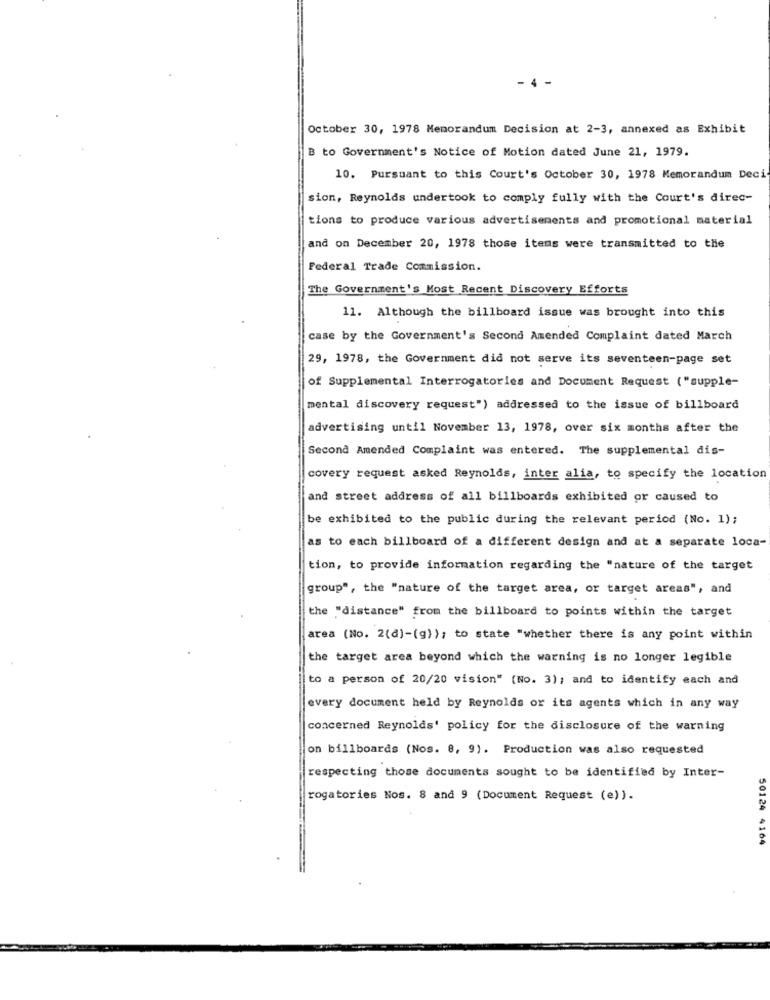
October 30, 1978 Memorandum Decision at 2-3, annexed as Exhibit
B to Government's Notice of Motion dated June 21, 1979.
10. Pursuant to this Court's October 30, 1978 Memorandum Deci
sion, Reynolds undertook to comply fully with the Court's direc-
tions to produce various advertisements and promotional material
and on December 20, 1978 those items were transmitted to the
Federal Trade Commission.
The Government's Most Recent Discovery Efforts
11. Although the billboard issue was brought into this
case by the Government's Second Amended Complaint dated March
29, 1978, the Government did not serve its seventeen-page set
of Supplemental Interrogatories and Document Request ("supple-
mental discovery request") addressed to the issue of billboard
advertising until November 13, 1978, over six months after the
Second Amended Complaint was entered. The supplemental dis-
covery request asked Reynolds, inter alia, to specify the location
and street address of all billboards exhibited or caused to
be exhibited to the public during the relevant period (No. 1);
as to each billboard of a different design and at a separate loca-
tion, to provide information regarding the "nature of the target
group", the "nature of the target area, or target areas", and
the "distance" from the billboard to points within the target
area (No. 2(d)-(g)}; to state "whether there is any point within
the target area beyond which the warning is no longer legible
to a person of 20/20 vision" (No. 3); and to identify each and
every document held by Reynolds or its agents which in any way
concerned Reynolds' policy for the disclosure of the warning
on billboards (Nos. 8, 9). Production was also requested
respecting those documents sought to be identified by Inter-
rogatories Nos. 8 and 9 (Document Request (e)).
50124 4164